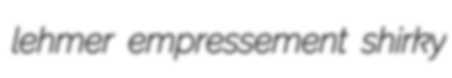
lehmer empressement shirky